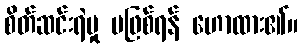
စိတ်ဆင်းရဲမှု မဖြစ်ရန် ဟောထား၏။